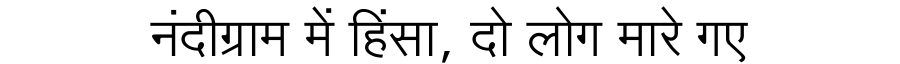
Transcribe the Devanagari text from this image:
नंदीग्राम में हिंसा, दो लोग मारे गए